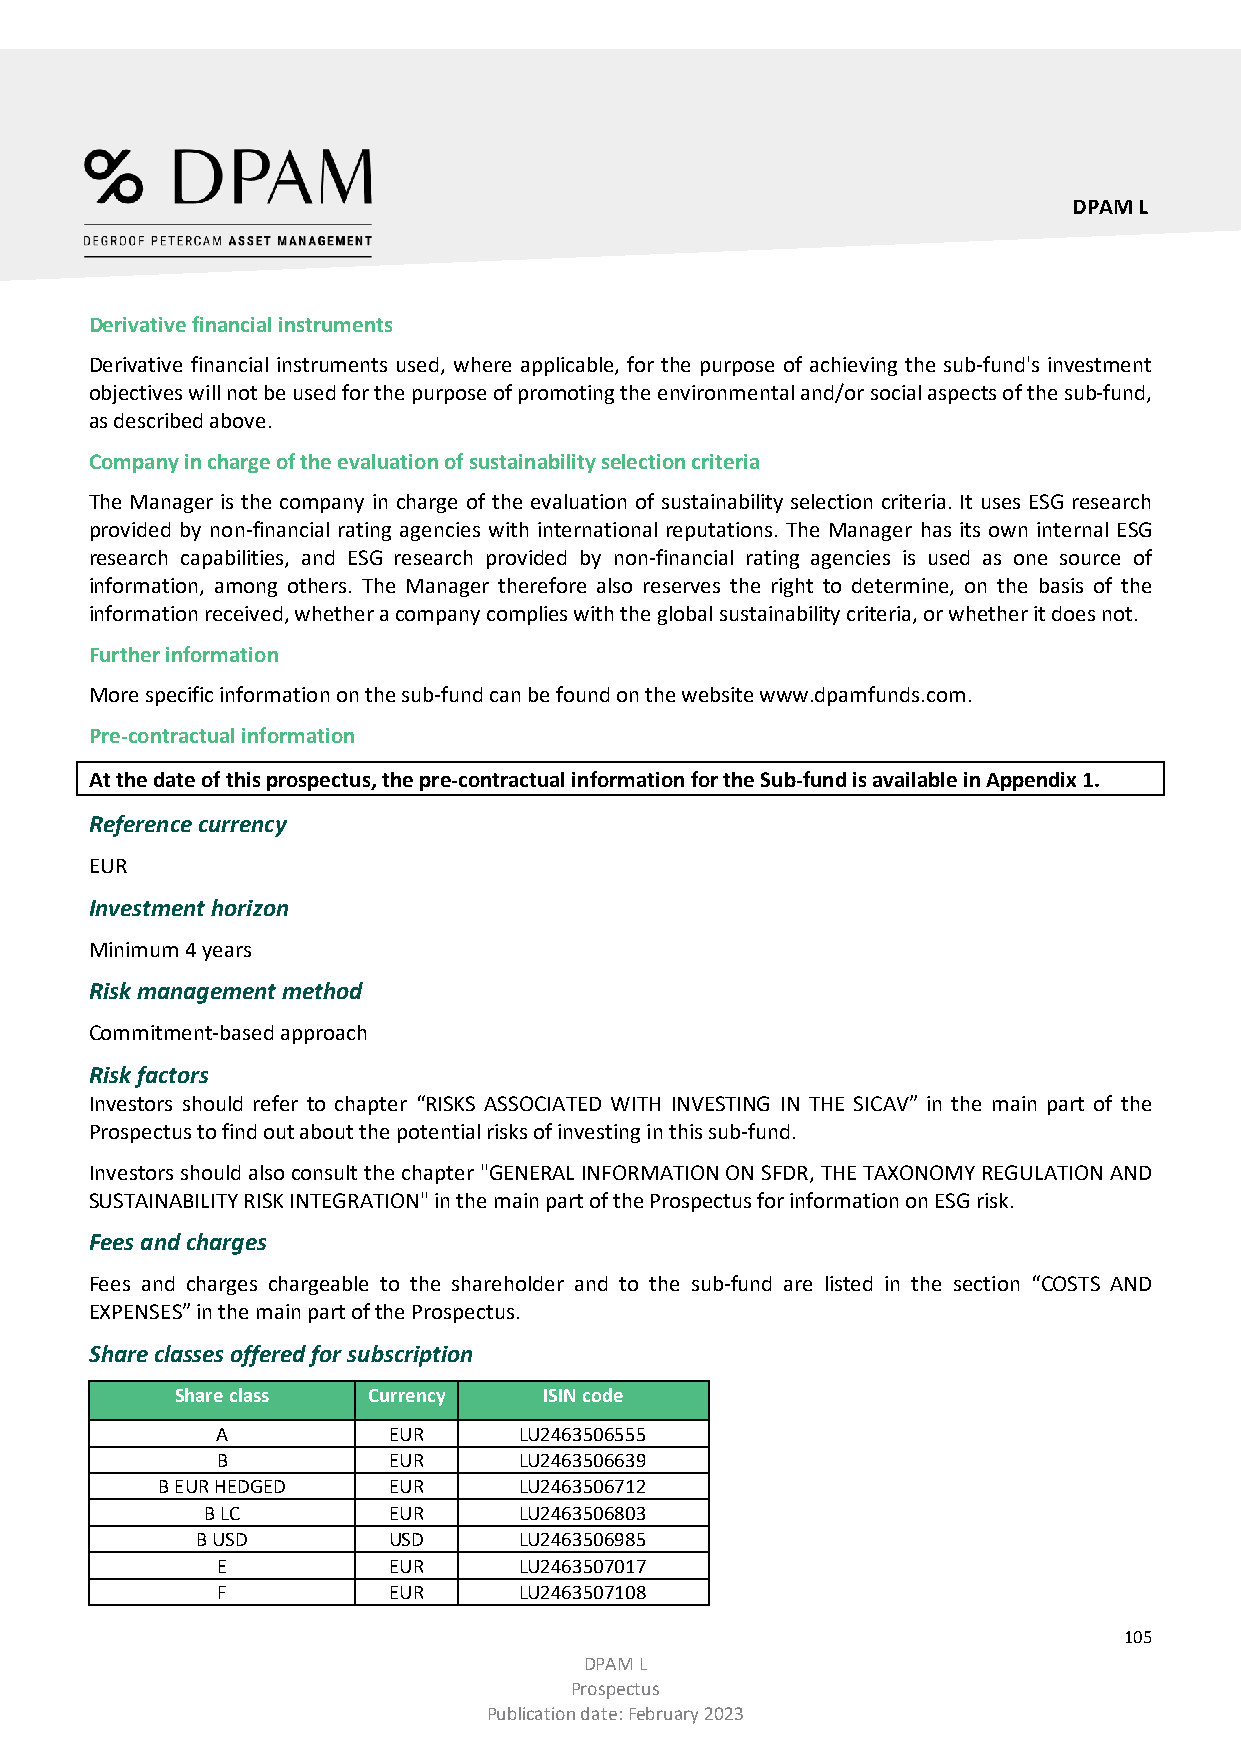
DPAM L
 Derivative financial instruments
 Derivative financial instruments used, where applicable, for the purpose of achieving the sub-fund's investment
 objectives will not be used for the purpose of promoting the environmental and/or social aspects of the sub-fund,
 as described above.
 Company in charge of the evaluation of sustainability selection criteria
 The Manager is the company in charge of the evaluation of sustainability selection criteria. It uses ESG research
 provided by non-financial rating agencies with international reputations. The Manager has its own internal ESG
 research capabilities, and ESG research provided by non-financial rating agencies is used as one source of
 information, among others. The Manager therefore also reserves the right to determine, on the basis of the
 information received, whether a company complies with the global sustainability criteria, or whether it does not.
 Further information
 More specific information on the sub-fund can be found on the website www.dpamfunds.com.
 Pre-contractual information
 At the date of this prospectus, the pre-contractual information for the Sub-fund is available in Appendix 1.
 Reference currency
 EUR
 Investment horizon
 Minimum 4 years
 Risk management method
 Commitment-based approach
 Risk factors
 Investors should refer to chapter “RISKS ASSOCIATED WITH INVESTING IN THE SICAV” in the main part of the
 Prospectus to find out about the potential risks of investing in this sub-fund.
 Investors should also consult the chapter "GENERAL INFORMATION ON SFDR, THE TAXONOMY REGULATION AND
 SUSTAINABILITY RISK INTEGRATION" in the main part of the Prospectus for information on ESG risk.
 Fees and charges
 Fees and charges chargeable to the shareholder and to the sub-fund are listed in the section “COSTS AND
 EXPENSES” in the main part of the Prospectus.
 Share classes offered for subscription
 Share class Currency    ISIN code
 A           EUR     LU2463506555
 B           EUR     LU2463506639
 B EUR HEDGED    EUR     LU2463506712
 B LC        EUR     LU2463506803
 B USD        USD     LU2463506985
 E           EUR     LU2463507017
 F           EUR     LU2463507108
 105
 DPAM L
 Prospectus
 Publication date: February 2023